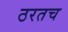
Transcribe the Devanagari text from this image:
ठरतच